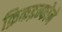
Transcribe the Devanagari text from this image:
क्रिकइन्फोने